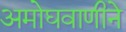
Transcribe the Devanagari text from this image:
अमोघवाणीने